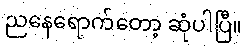
ညနေရောက်တော့ ဆုံပါပြီ။